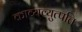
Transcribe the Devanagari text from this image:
काव्यव्युत्पत्ति